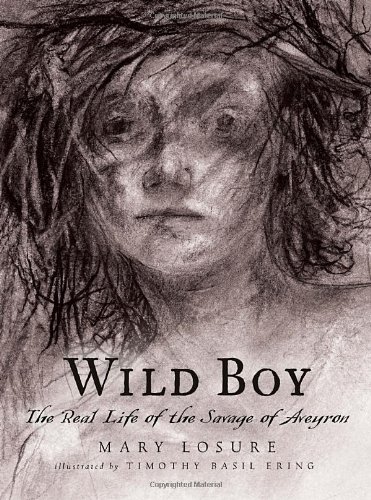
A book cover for Wild Boy: The Real Life of the Savage of Aveyron; Mary Losure; Children's Books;